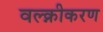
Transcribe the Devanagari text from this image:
वल्क्नीकरण